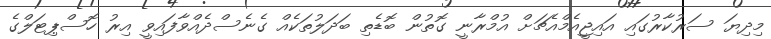
މިދިޔަ ސަރުކާރުގައި އައިޖީއެމްއެޗަށް އުމްރާނީ ގޮތުން ބޮޑެތި ބަދަލުތަކެއް ގެނެސްދެއްވާފައިވީ އިރު ހޮސްޕިޓަލްގެ